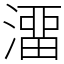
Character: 澑